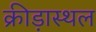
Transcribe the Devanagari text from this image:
क्रीड़ास्‍थल